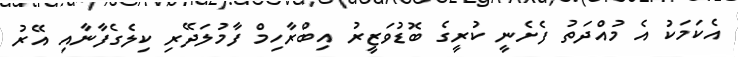
އެކަމަކު އެ މުއްދަތު ފެށެނީ ކުރީގެ ބޮޑުވަޒީރު އިބްރާހިމް ފާމުލަދޭރި ކިލެގެފާނާއި އޭރު